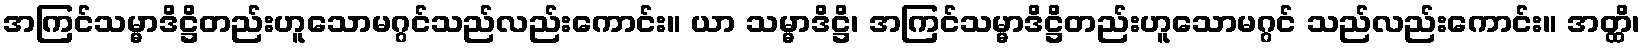
အကြင်သမ္မာဒိဋ္ဌိတည်းဟူသောမဂ္ဂင်သည်လည်းကောင်း။ ယာ သမ္မာဒိဋ္ဌိ၊ အကြင်သမ္မာဒိဋ္ဌိတည်းဟူသောမဂ္ဂင် သည်လည်းကောင်း။ အတ္ထိ၊